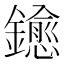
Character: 𨮋